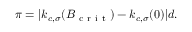
\pi = | k _ { c , \sigma } ( B _ { \mathrm { ~ c ~ r ~ i ~ t ~ } } ) - k _ { c , \sigma } ( 0 ) | d .